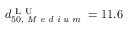
d _ { 5 0 , \textit { M e d i u m } } ^ { \mathrm { ~ L ~ U ~ } } = 1 1 . 6